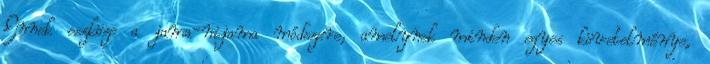
Ennek eszköze a jama-nijama módszere, amelynek minden egyes követelménye,